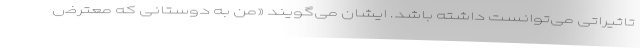
تاثیراتی می‌توانست داشته باشد. ایشان می‌گویند «من به دوستانی که معترض